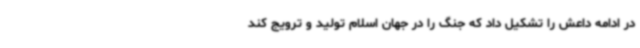
در ادامه داعش را تشکیل داد که جنگ را در جهان اسلام تولید و ترویج کند